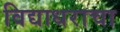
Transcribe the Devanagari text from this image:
विद्याधराचा